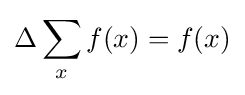
\Delta \sum _{x}f(x)=f(x)